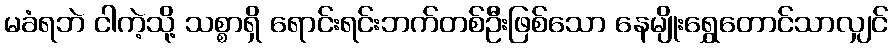
မခံရဘဲ ငါကဲ့သို့ သစ္စာရှိ ရောင်းရင်းဘက်တစ်ဦးဖြစ်သော နေမျိုးရွှေတောင်သာလျှင်